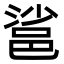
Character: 䣉